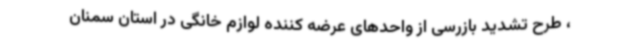
، طرح تشدید بازرسی از واحدهای عرضه کننده لوازم خانگی در استان سمنان